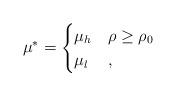
LaTeX: \begin{align*}\mu^{*}=\begin{cases}\mu_h & \rho\geq\rho_0 \\\mu_l & ,\end{cases}\end{align*}